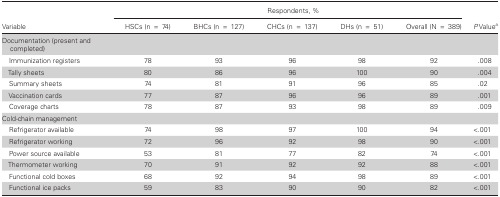
| <ROWSPAN=2> Variable | <COLSPAN=5> Respondents, % | <ROWSPAN=2> P Valuea |
 | HSCs (n = 74) | BHCs (n = 127) | CHCs (n = 137) | DHs (n = 51) | Overall (N = 389) |
 | --- | --- | --- | --- | --- | --- | --- |
 | Documentation (present and completed) |  |  |  |  |  |  |
 | Immunization registers | 78 | 93 | 96 | 98 | 92 | .008 |
 | Tally sheets | 80 | 86 | 96 | 100 | 90 | .004 |
 | Summary sheets | 74 | 81 | 91 | 96 | 85 | .02 |
 | Vaccination cards | 77 | 87 | 96 | 96 | 89 | .001 |
 | Coverage charts | 78 | 87 | 93 | 98 | 89 | .009 |
 | Cold-chain management |  |  |  |  |  |  |
 | Refrigerator available | 74 | 98 | 97 | 100 | 94 | <.001 |
 | Refrigerator working | 72 | 96 | 92 | 98 | 90 | <.001 |
 | Power source available | 53 | 81 | 77 | 82 | 74 | <.001 |
 | Thermometer working | 70 | 91 | 92 | 92 | 88 | <.001 |
 | Functional cold boxes | 68 | 92 | 94 | 98 | 89 | <.001 |
 | Functional ice packs | 59 | 83 | 90 | 90 | 82 | <.001 |